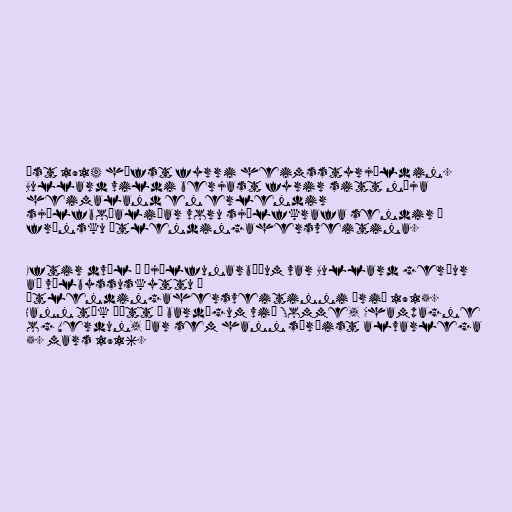
úst 1914 hófst fyrri heimsstyrjöldin.
Bullard vildi berjast fyrir sitt nýja
heimaland en erlendir
sjálfboðaliðar voru sjálfkrafa sendir í
frönsku útlendingahersveitina.

Eftir dvöl í þjálfunarbúðum var Bullard gerður
að vélbyssuskyttu í
útlendingahersveitinni árið 1915.
Hann tók þátt í bardögum við Somme, Champagne
og Verdun, þar sem hann særðist alvarlega
5. mars 1916.